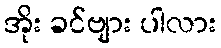
အိုး ခင်ဗျား ပါလား